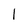
Character: 1